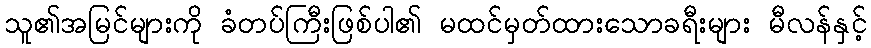
သူ၏အမြင်များကို ခံတပ်ကြီးဖြစ်ပါ၏ မထင်မှတ်ထားသောခရီးများ မီလန်နှင့်